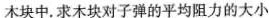
木块中。求木块对子弹的平均阻力的大小